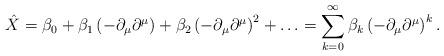
LaTeX: \begin{align*} \hat X &= \beta_0 + \beta_1 \left(-\partial_\mu \partial^\mu\right) + \beta_2 \left( -\partial_\mu \partial^\mu \right) ^2 + \ldots = \sum_{k=0}^\infty \beta_k \left( -\partial_\mu \partial^\mu \right) ^k.\end{align*}